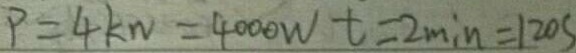
P = 4 k w = 4 0 0 0 W t = 2 \min = 1 2 0 s